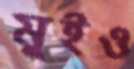
মুইও